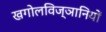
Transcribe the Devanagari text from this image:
खगोलविज्ञानियों